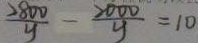
\frac { 2 8 0 0 } { y } - \frac { 2 0 0 0 } { y } = 1 0